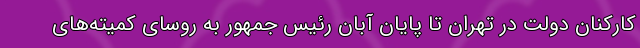
کارکنان دولت در تهران تا پایان آبان رئیس جمهور به روسای کمیته‌های